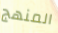
المنهج